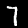
Digit: 7